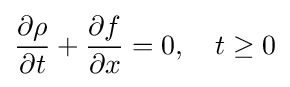
{\frac {\partial \rho }{\partial t}}+{\frac {\partial f}{\partial x}}=0,\quad t\geq 0